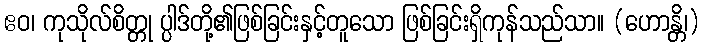
ဧဝ၊ ကုသိုလ်စိတ္တု ပ္ပါဒ်တို့၏ဖြစ်ခြင်းနှင့်တူသော ဖြစ်ခြင်းရှိကုန်သည်သာ။ (ဟောန္တိ၊)